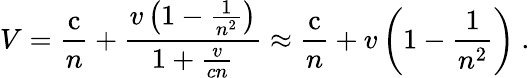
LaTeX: V={\frac{\mathrm{c}}{n}}+{\frac{v\left(1-{\frac{1}{n^{2}}}\right)}{1+{\frac{v}{cn}}}}\approx{\frac{\mathrm{c}}{n}}+v\left(1-{\frac{1}{n^{2}}}\right)\ .